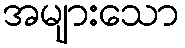
အများသော